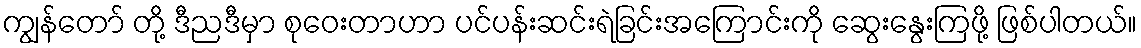
ကျွန်တော် တို့ ဒီညဒီမှာ စုဝေးတာဟာ ပင်ပန်းဆင်းရဲခြင်းအကြောင်းကို ဆွေးနွေးကြဖို့ ဖြစ်ပါတယ်။